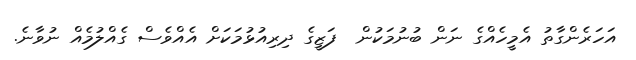
އަހަރެންގާތު އެމީހެއްގެ ނަން ބުނުމަކުން  ފަޒީގެ ދިރިއުޅުމަކަށް އެއްވެސް ގެއްލުމެއް ނުވާނެ.